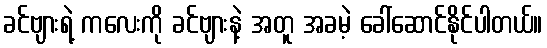
ခင်ဗျားရဲ့ ကလေးကို ခင်ဗျားနဲ့ အတူ အခမဲ့ ခေါ်ဆောင်နိုင်ပါတယ်။